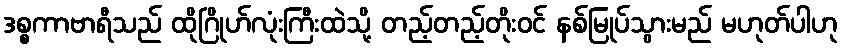
ဒစ္စကာဗာရီသည် ထိုဂြိုဟ်လုံးကြီးထဲသို့ တည့်တည့်တိုးဝင် နစ်မြုပ်သွားမည် မဟုတ်ပါဟု